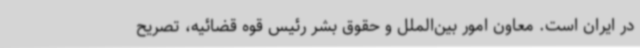
در ایران است. معاون امور بین‌الملل و حقوق بشر رئیس قوه قضائیه، تصریح